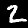
Label: 2